Report of the Municipal Commissioner on the plague in Bombay for the year ending 31st May... - Volume 3
Disease focus: Plague
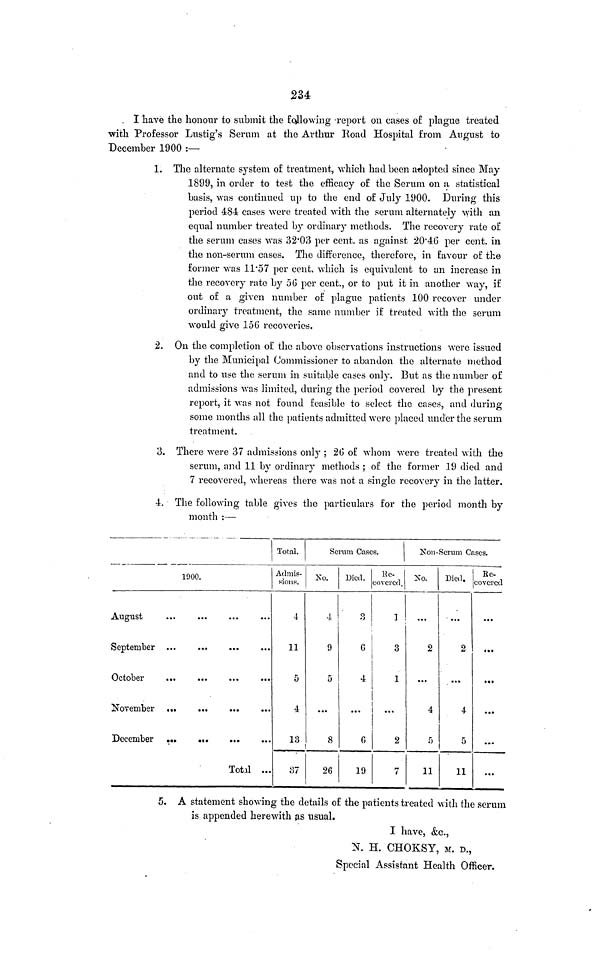
234
. I have the honour to submit the following 'report on cases of plague treated
with Professor Lustig's Serum at the Arthur Road Hospital from August to
December 1900 :—
1. The alternate system of treatment, which had been adopted since May
1899, in order to test the efficacy of the Serum on îi statistical
basis, was continued up to the end of July 1900. During this
period 484 cases \vere treated with the serum alternately with an
equal number treated by ordinary methods. The recovery rate of
the serum cases was 32*03 per cent, as against 20'46 per cent, in
the non-serum cases. The difference, therefore, in favour of the
former was 11*57 per cent, which is equivalent to an increase in
the recovery rate by 56 per cent., or to put it in another way, if
out of a given number of plague patients 100 recover under
ordinaiy treatment, the same number if treated with the serum
would give 156 recoveries.
2. On the completion of the above observations instructions were issued
by the Municipal Commissioner to abandon the alternate method
and to use the serum in suitable cases only. But as the number of
admissions was limited, during the period covered by the present
report, it was not found feasible to select the cases, and during
some months all the patients admitted were placed under the serum
treatment.
3. There were 37 admissions only ; 26 of whom were treated with the
serum, and 11 by ordinary methods ; of the former 19 died and
7 recovered, whereas there was not a single recovery in the latter.
4. The following table gives the particulars for the period month by
month :—
1000.
September
Total ...
Total.
Admis-
sions.
4
11
5
4
13
37
Scrum Cases.
Xo.
4
9
5
...
8
26
Died.
3
G
4
...
G
19
Hc-
co vercd.
1
3
1
...
2
7
2îon-Serum Cases.
No.
...
2
...
4
5
11
Died.
...
2
...
4
5
11
Re-
covered
...
...
»••
• ••
• *•
...
5. A statement showing the details of the patients treated with the serum
is appended herewith as usual.
I have, «fee.,
N. H. CHOKSY, M. D.,
Special Assistant Health Officer.